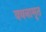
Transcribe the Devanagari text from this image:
ववनामृत